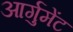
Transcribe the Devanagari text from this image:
आर्गुमेंट